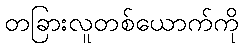
တခြားလူတစ်ယောက်ကို